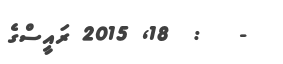
-   :  18